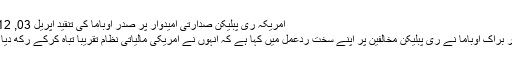
امریکہ ری پبلیکن صدارتی امیدوار پر صدر اوباما کی تنقید اپریل 03, 2012
صدر براک اوباما نے ری پبلیکن مخالفین پر اپنے سخت ردعمل میں کہا ہے کہ انہوں نے امریکی مالیاتی نظام تقریباً تباہ کرکے رکھ دیا ہے۔